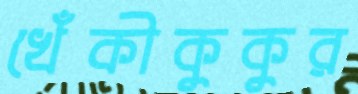
খেঁকীকুকুর